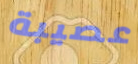
عصيبة